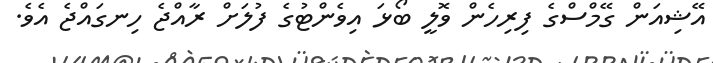
އޭޝިއަން ގޭމްސްގެ ފިރިހެން ވޮލީ ބޯޅަ އިވެންޓުގެ ފުލަށް ރާއްޖެ ހިނގައްޖެ އެވެ.